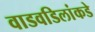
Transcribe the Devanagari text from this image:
वाडवडिलांकडे